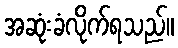
အဆုံးခံလိုက်ရသည်။